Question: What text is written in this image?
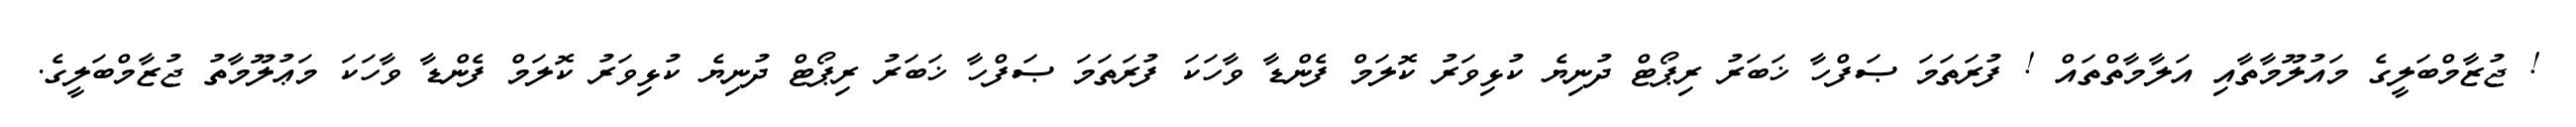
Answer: ! ޖުޒާމްބަލީގެ މައުލޫމާތާއި އަލާމާތްތައް ! ފުރަތަމަ ޞަފްހާ ޚަބަރު ރިޕޯޓް ދުނިޔެ ކުޅިވަރު ކޮލަމް ފެންޑާ ވާހަކަ ފުރަތަމަ ޞަފްހާ ޚަބަރު ރިޕޯޓް ދުނިޔެ ކުޅިވަރު ކޮލަމް ފެންޑާ ވާހަކަ މަޢުލޫމާތު ޖުޒާމްބަލީގެ.